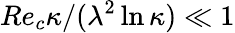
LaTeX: Re_{c}\kappa/(\lambda^{2}\ln\kappa)\ll 1